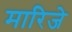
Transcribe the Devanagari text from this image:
मारिजे